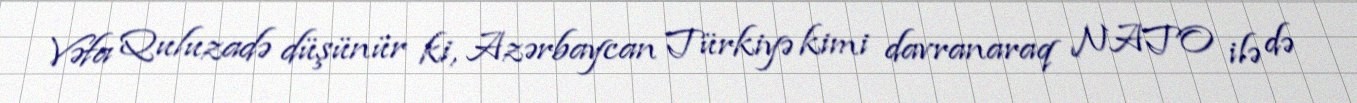
Vəfa Quluzadə düşünür ki, Azərbaycan Türkiyə kimi davranaraq NATO ilə də